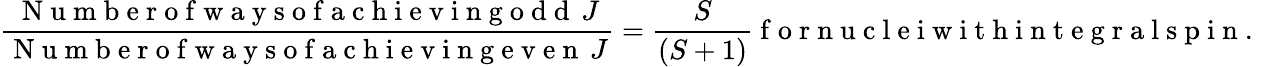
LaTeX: \frac{\mathrm{~N~u~m~b~e~r~o~f~w~a~y~s~o~f~a~c~h~i~e~v~i~n~g~o~d~d~}\, J}{\mathrm{~N~u~m~b~e~r~o~f~w~a~y~s~o~f~a~c~h~i~e~v~i~n~g~e~v~e~n~}\, J}=\frac{S}{(S+1)}\mathrm{~f~o~r~n~u~c~l~e~i~w~i~t~h~i~n~t~e~g~r~a~l~s~p~i~n~.~}